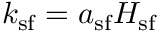
k _ { \mathrm { s f } } = a _ { \mathrm { s f } } H _ { \mathrm { s f } }